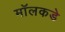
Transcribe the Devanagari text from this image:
मॉलकडे